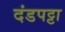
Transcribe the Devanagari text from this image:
दंडपट्टा